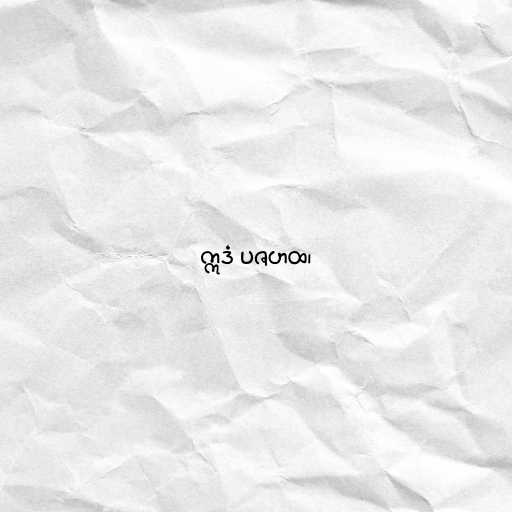
ဣဒံ ပဇဟထ၊